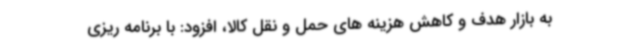
به بازار هدف و کاهش هزینه های حمل و نقل کالا، افزود: با برنامه ریزی